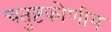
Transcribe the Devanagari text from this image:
चतुष्टकोणीय